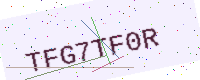
Text: TFG7TF0R